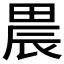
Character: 𤲆